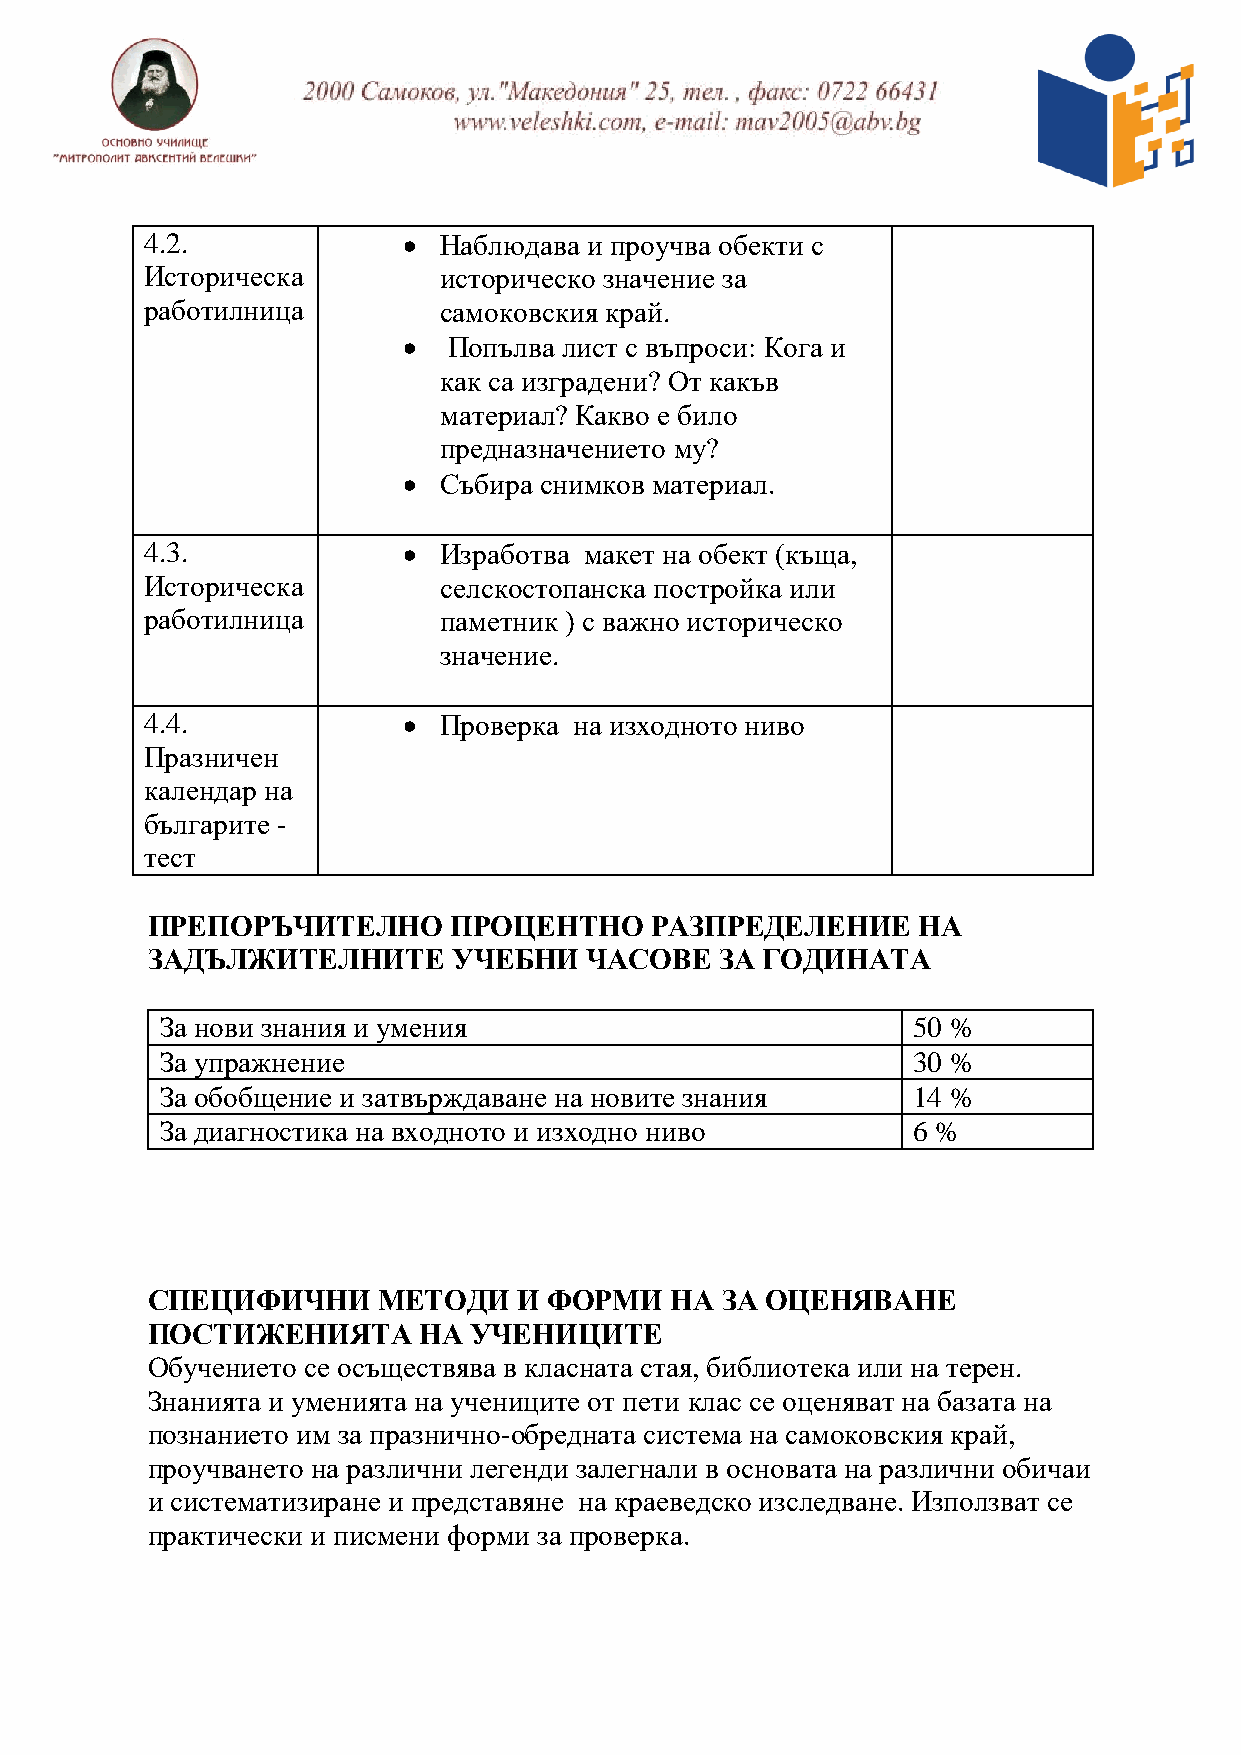
4.2.              Наблюдава и проучва обекти с
 Историческа        историческо значение за
 работилница        самоковския край.
   Попълва лист с въпроси: Кога и
 как са изградени? От какъв
 материал? Какво е било
 предназначението му?
  Събира снимков материал.
 4.3.              Изработва макет на обект (къща,
 Историческа        селскостопанска постройка или
 работилница        паметник ) с важно историческо
 значение.
 4.4.              Проверка на изходното ниво
 Празничен
 календар на
 българите -
 тест
 ПРЕПОРЪЧИТЕЛНО      ПРОЦЕНТНО    РАЗПРЕДЕЛЕНИЕ     НА
 ЗАДЪЛЖИТЕЛНИТЕ      УЧЕБНИ   ЧАСОВЕ   ЗА ГОДИНАТА
 За нови знания и умения                          50 %
 За упражнение                                    30 %
 За обобщение и затвърждаване на новите знания    14 %
 За диагностика на входното и изходно ниво        6 %
 СПЕЦИФИЧНИ     МЕТОДИ   И ФОРМИ   НА  ЗА ОЦЕНЯВАНЕ
 ПОСТИЖЕНИЯТА      НА УЧЕНИЦИТЕ
 Обучението се осъществява в класната стая, библиотека или на терен.
 Знанията и уменията на учениците от пети клас се оценяват на базата на
 познанието им за празнично-обредната система на самоковския край,
 проучването на различни легенди залегнали в основата на различни обичаи
 и систематизиране и представяне на краеведско изследване. Използват се
 практически и писмени форми за проверка.